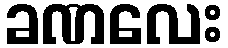
ခဏလေး